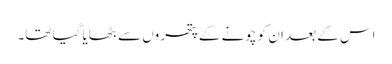
اس کے بعد ان کو چونے کے پتھروں سے بٹھایا گیا تھا۔